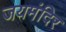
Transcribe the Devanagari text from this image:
जयमंदिर